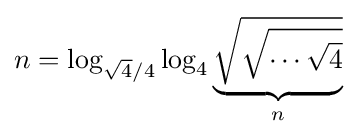
n=\log _{{\sqrt {4}}/4}\log _{4}\underbrace {\sqrt {\sqrt {\cdots {\sqrt {4}}}}} _{n}